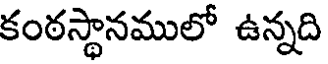
కంఠస్థానములో ఉన్నది